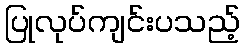
ပြုလုပ်ကျင်းပသည့်